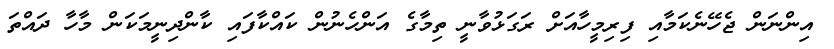
އިންނަން ޖެހޭނެކަމާއި ފިރިމީހާއަށް ރަގަޅުވާނީ ތިމާގެ އަންހެނުން ކައްކާފައި ކާންދިނީމަކަން މާހާ ދައްތަ